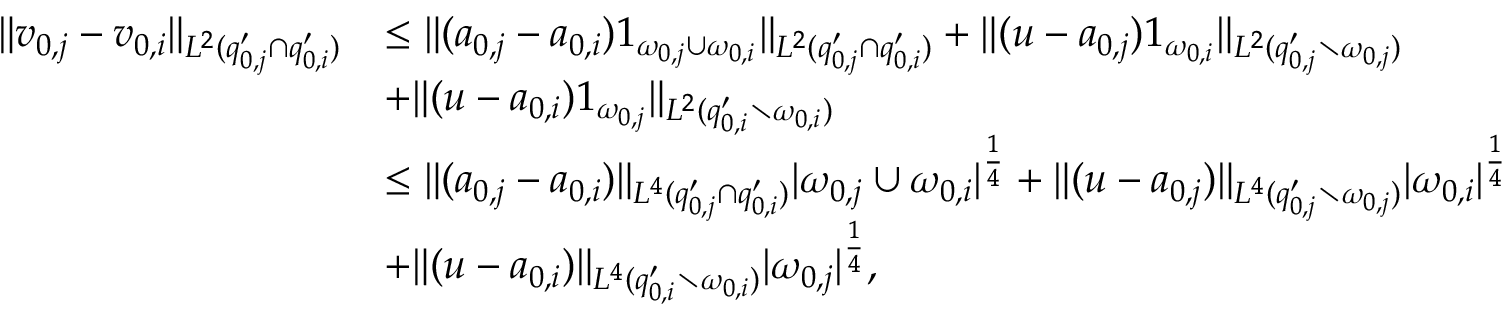
\begin{array} { r l } { \| v _ { 0 , j } - v _ { 0 , i } \| _ { L ^ { 2 } ( q _ { 0 , j } ^ { \prime } \cap q _ { 0 , i } ^ { \prime } ) } } & { \le \| ( a _ { 0 , j } - a _ { 0 , i } ) 1 _ { \omega _ { 0 , j } \cup \omega _ { 0 , i } } \| _ { L ^ { 2 } ( q _ { 0 , j } ^ { \prime } \cap q _ { 0 , i } ^ { \prime } ) } + \| ( u - a _ { 0 , j } ) 1 _ { \omega _ { 0 , i } } \| _ { L ^ { 2 } ( q _ { 0 , j } ^ { \prime } \setminus \omega _ { 0 , j } ) } } \\ & { + \| ( u - a _ { 0 , i } ) 1 _ { \omega _ { 0 , j } } \| _ { L ^ { 2 } ( q _ { 0 , i } ^ { \prime } \setminus \omega _ { 0 , i } ) } } \\ & { \le \| ( a _ { 0 , j } - a _ { 0 , i } ) \| _ { L ^ { 4 } ( q _ { 0 , j } ^ { \prime } \cap q _ { 0 , i } ^ { \prime } ) } | \omega _ { 0 , j } \cup \omega _ { 0 , i } | ^ { \frac { 1 } { 4 } } + \| ( u - a _ { 0 , j } ) \| _ { L ^ { 4 } ( q _ { 0 , j } ^ { \prime } \setminus \omega _ { 0 , j } ) } | \omega _ { 0 , i } | ^ { \frac { 1 } { 4 } } } \\ & { + \| ( u - a _ { 0 , i } ) \| _ { L ^ { 4 } ( q _ { 0 , i } ^ { \prime } \setminus \omega _ { 0 , i } ) } | \omega _ { 0 , j } | ^ { \frac { 1 } { 4 } } , } \end{array}